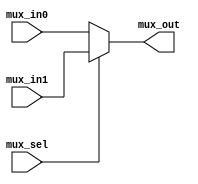
// This program was cloned from: https://github.com/chipsalliance/aib-phy-hardware
// License: Apache License 2.0

// SPDX-License-Identifier: Apache-2.0
// Copyright (C) 2019 Intel Corporation. 
//------------------------------------------------------------------------
// Description: standard 2 to 1 mux
//
//------------------------------------------------------------------------

module aib_mux21
    (
    input  wire              mux_in0,     // mux in 0
    input  wire              mux_in1,     // mux in 1
    input  wire              mux_sel,     // mux selector
    output  wire             mux_out      // mux out
     );

    assign mux_out = mux_sel ? mux_in1 : mux_in0;

endmodule